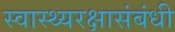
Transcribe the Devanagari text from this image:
स्वास्थ्यरक्षासंबंधी